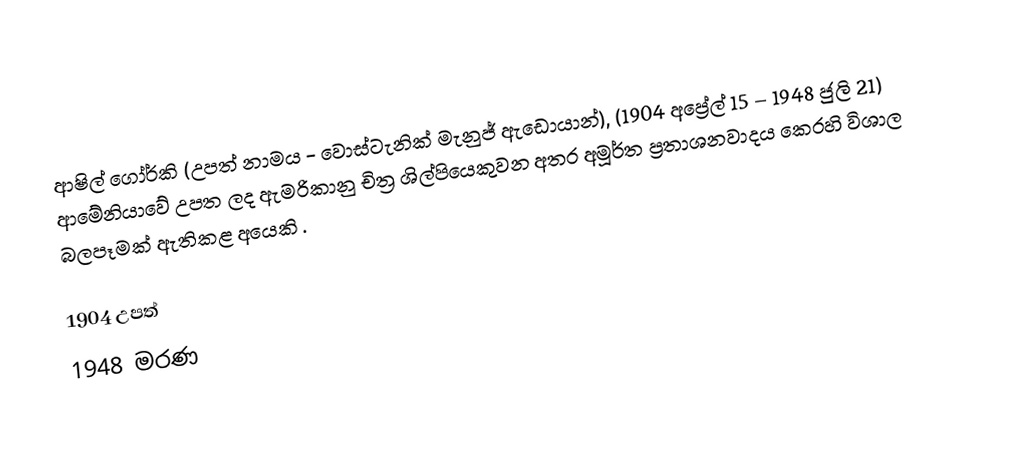
ආෂිල් ගෝර්කි (උපත් නාමය - වොස්ටැනික් මැනුජ් ඇඩොයාන්), (1904 අප්‍රේල් 15 – 1948  ජුලි 21) ආමේනියාවේ උපත ලද ඇමරිකානු චිත්‍ර ශිල්පියෙකුවන අතර අමූර්ත ප්‍රතාශනවාදය කෙරහි විශාල බලපෑමක් ඇතිකළ අයෙකි .

1904 උපත්
1948 මරණ